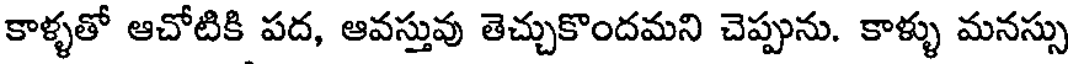
కాళ్ళతో ఆచోటికి పద, ఆవస్తువు తెచ్చుకొందమని చెప్పును. కాళ్ళు మనస్సు